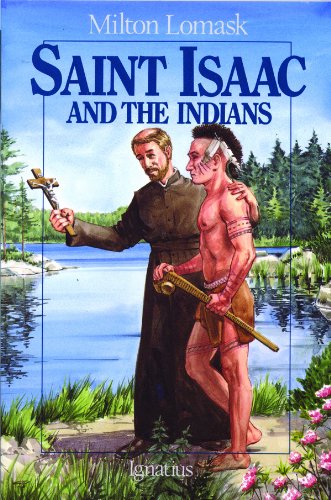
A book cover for Saint Isaac and the Indians; Milton Lomask; Children's Books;